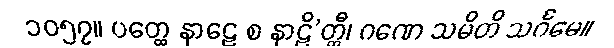
၁၀၅၇။ ပတ္ထေ နာဠေ စ နာဠိ’တ္ထီ၊ ဂဏေ သမိတိ သင်္ဂမေ။